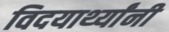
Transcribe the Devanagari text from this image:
विदयार्थ्‍यांनी